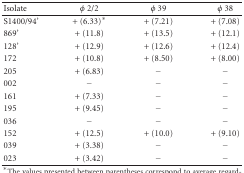
<table><thead><tr><td><b>Isolate</b></td><td><b><i>φ</i> 2/2</b></td><td><b><i>φ</i> 39</b></td><td><b><i>φ</i> 38</b></td></tr></thead><tbody><tr><td>S1400/94&#x27;</td><td>+ (6.33)*</td><td>+ (7.21)</td><td>+ (7.08)</td></tr><tr><td>869&#x27;</td><td>+ (11.8)</td><td>+ (13.5)</td><td>+ (12.1)</td></tr><tr><td>128&#x27;</td><td>+ (12.9)</td><td>+ (12.6)</td><td>+ (12.4)</td></tr><tr><td>172</td><td>+ (10.8)</td><td>+ (8.50)</td><td>+ (8.00)</td></tr><tr><td>205</td><td>+ (6.83)</td><td>−</td><td>−</td></tr><tr><td>002</td><td>−</td><td>−</td><td>−</td></tr><tr><td>161</td><td>+ (7.33)</td><td>−</td><td>−</td></tr><tr><td>195</td><td>+ (9.45)</td><td>−</td><td>−</td></tr><tr><td>036</td><td>−</td><td>−</td><td>−</td></tr><tr><td>152</td><td>+ (12.5)</td><td>+ (10.0)</td><td>+ (9.10)</td></tr><tr><td>039</td><td>+ (3.38)</td><td>−</td><td>−</td></tr><tr><td>023</td><td>+ (3.42)</td><td>−</td><td>−</td></tr></tbody></table>